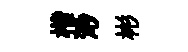
楷𣺌彬